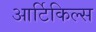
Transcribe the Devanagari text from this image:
आर्टिकिल्स